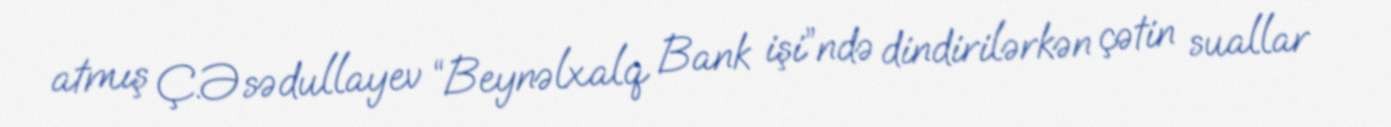
atmış Ç.Əsədullayev “Beynəlxalq Bank işi”ndə dindirilərkən çətin suallar